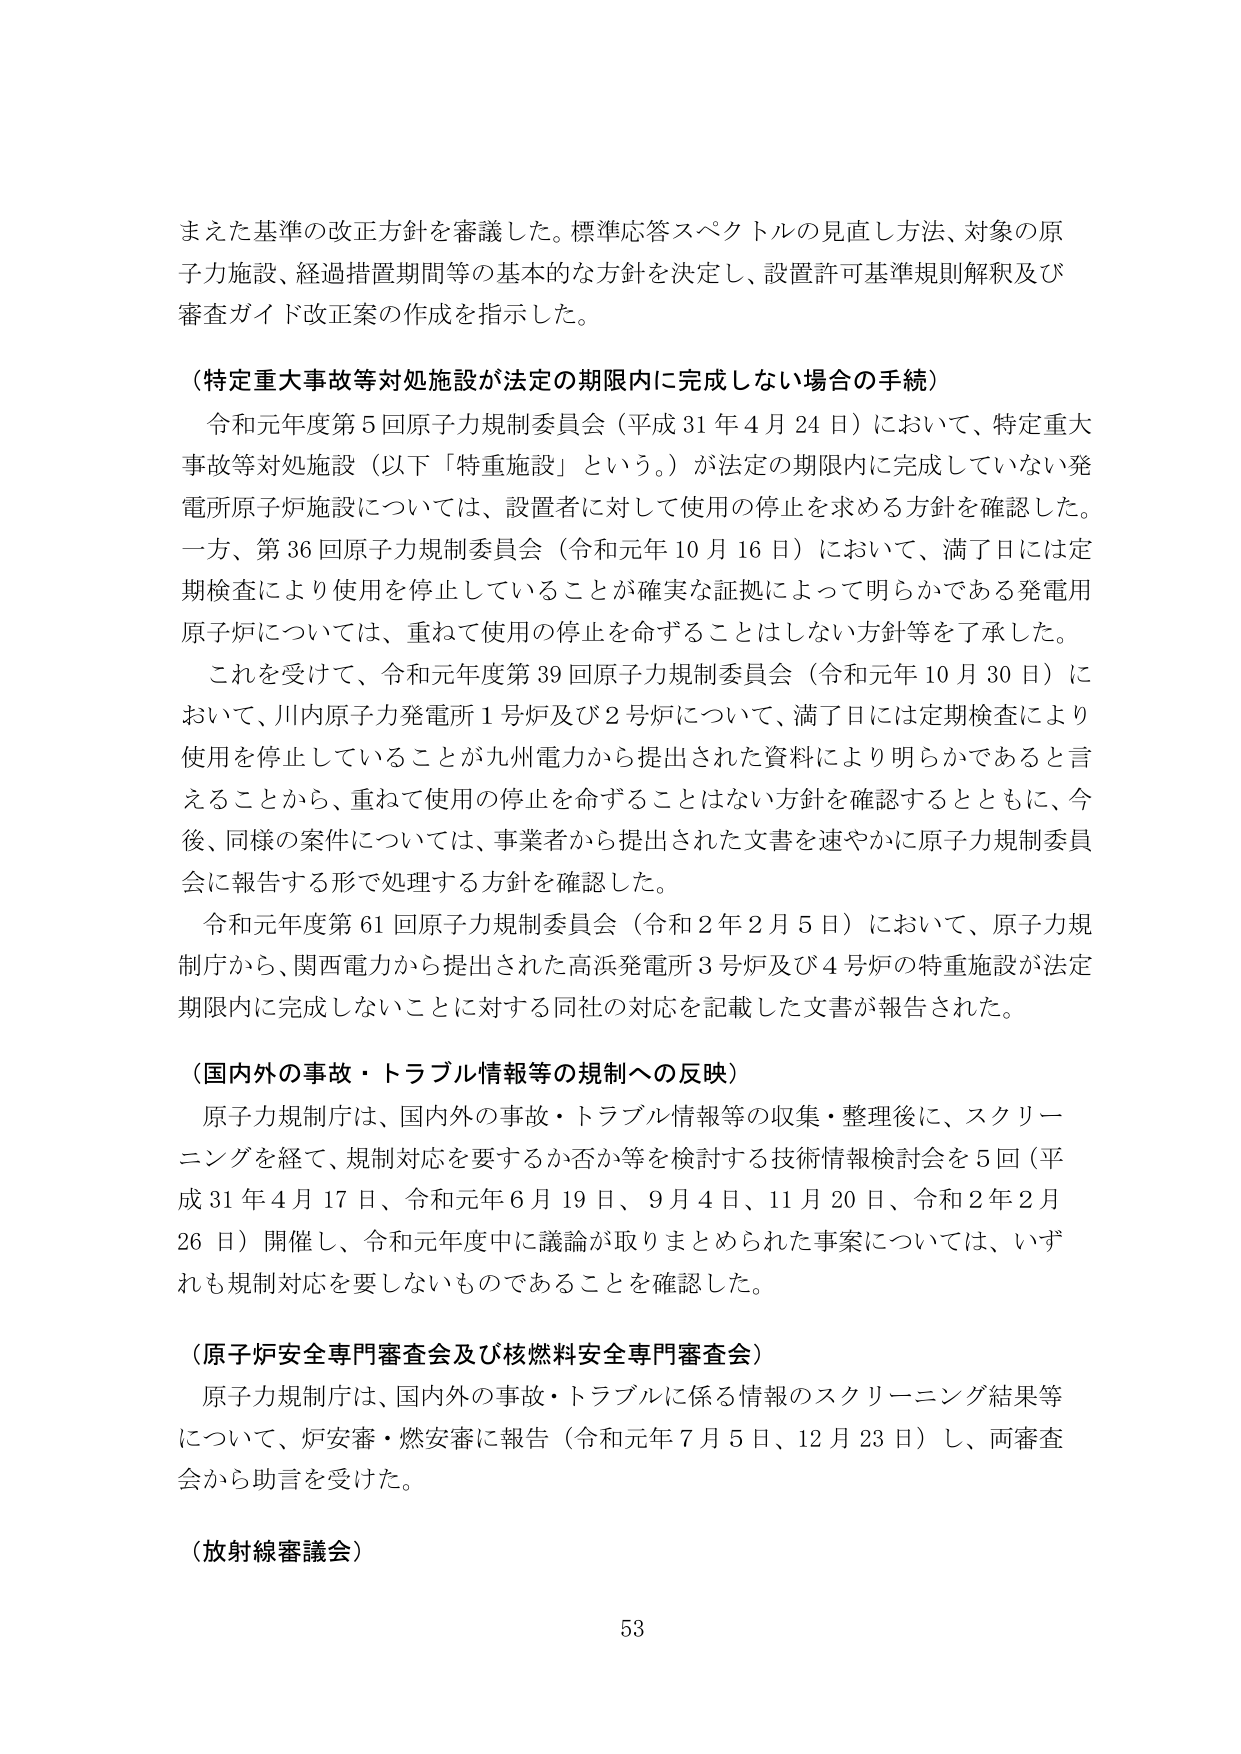
まえた基準の改正方針を審議した。標準応答スペクトルの見直し方法、対象の原子力施設、経過措置期間等の基本的な方針を決定し、設置許可基準規則解釈及び審査ガイド改正案の作成を指示した。

（特定重大事故等対処施設が法定の期限内に完成しない場合の手続）
　令和元年度第5回原子力規制委員会（平成31年4月24日）において、特定重大事故等対処施設（以下「特重施設」という。）が法定の期限内に完成していない発電所原子炉施設については、設置者に対して使用の停止を求める方針を確認した。一方、第36回原子力規制委員会（令和元年10月16日）において、満了日には定期検査により使用を停止していることが確実な証拠によって明らかである発電用原子炉については、重ねて使用の停止を命ずることはしない方針等を了承した。
　これを受けて、令和元年度第39回原子力規制委員会（令和元年10月30日）において、川内原子力発電所1号炉及び2号炉について、満了日には定期検査により使用を停止していることが九州電力から提出された資料により明らかであると言えることから、重ねて使用の停止を命ずることはしない方針を確認するとともに、今後、同様の案件については、事業者から提出された文書を速やかに原子力規制委員会に報告する形で処理する方針を確認した。
　令和元年度第61回原子力規制委員会（令和2年2月5日）において、原子力規制庁から、関西電力から提出された高浜発電所3号炉及び4号炉の特重施設が法定期限内に完成しないことに対する同社の対応を記載した文書が報告された。

（国内外の事故・トラブル情報等の規制への反映）
　原子力規制庁は、国内外の事故・トラブル情報等の収集・整理後に、スクリーニングを経て、規制対応を要するか否か等を検討する技術情報検討会を5回（平成31年4月17日、令和元年6月19日、9月4日、11月20日、令和2年2月26日）開催し、令和元年度中に議論が取りまとめられた事案については、いずれも規制対応を要しないものであることを確認した。

（原子炉安全専門審査会及び核燃料安全専門審査会）
　原子力規制庁は、国内外の事故・トラブルに係る情報のスクリーニング結果等について、炉安審・燃安審に報告（令和元年7月5日、12月23日）し、両審査会から助言を受けた。

（放射線審議会）

53